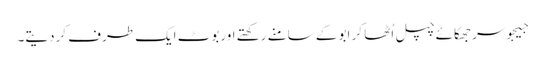
جیجوسر جھکائے چپل اُٹھا کر ابو کے سامنے رکھتے اوربوٹ ایک طرف کردیتے۔